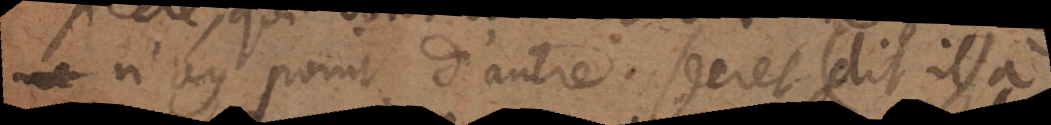
ne n’ay point d’autre secret (dit-il) à